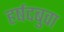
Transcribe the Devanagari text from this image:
हर्षदबुवा